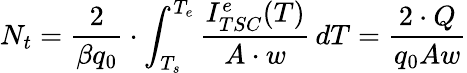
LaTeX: N_{t}=\frac{2}{\beta q_{0}}\cdot\int_{T_{s}}^{T_{e}}\frac{I_{TSC}^{e}(T)}{A\cdot w}\, dT=\frac{2\cdot Q}{q_{0}Aw}